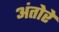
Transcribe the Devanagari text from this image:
अंतोरे